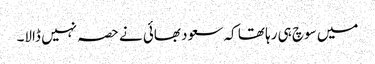
میں سوچ ہی رہا تھا کہ سعود بھائی نے حصہ نہیں ڈالا۔